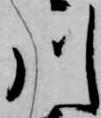
川